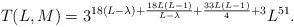
LaTeX: \begin{align*}T(L,M) = 3^{18(L-\lambda) + \frac{18L(L-1)}{L-\lambda} + \frac{33L(L-1)}{4} + 3} L^{51}.\end{align*}